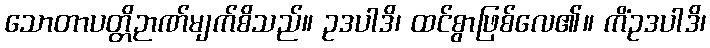
သောတာပတ္တိဉာဏ်မျက်စိသည်။ ဥဒပါဒိ၊ ထင်စွာဖြစ်လေ၏။ ကိံဥဒပါဒိ၊